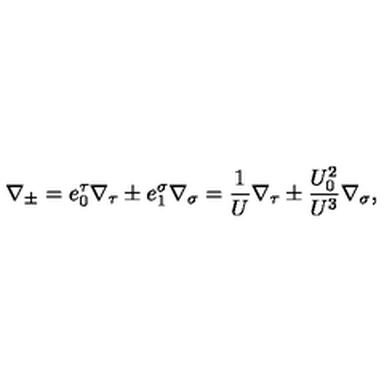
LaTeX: \nabla _ { \pm } = e _ { 0 } ^ { \tau } \nabla _ { \tau } \pm e _ { 1 } ^ { \sigma } \nabla _ { \sigma } = \frac { 1 } { U } \nabla _ { \tau } \pm \frac { U _ { 0 } ^ { 2 } } { U ^ { 3 } } \nabla _ { \sigma } ,